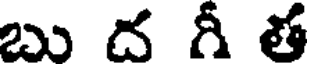
బు ద గీ త